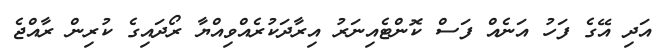
އަދި އޭގެ ފަހު އަނެއް ފަސް ކޮންޓެއިނަރު އިރާދަކުރެއްވިއްޔާ ރޯދައިގެ ކުރިން ރާއްޖެ